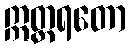
ဣတ္တရတော